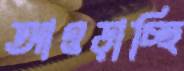
আওড়াচ্ছি